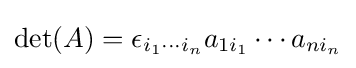
\det(A)=\epsilon _{i_{1}\cdots i_{n}}{a}_{1i_{1}}\cdots {a}_{ni_{n}}